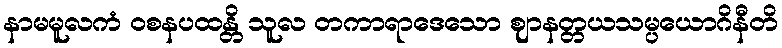
နာမမူလကံ ဝစနပထန္တိ သူလ တကာရာဒေသော ဈာနတ္တယသမ္ပယောဂိနီတိ